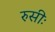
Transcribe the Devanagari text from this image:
रुसीः